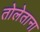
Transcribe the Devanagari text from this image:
तोलेताना